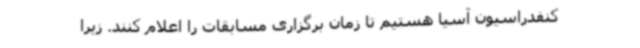
کنفدراسیون آسیا هستیم تا زمان برگزاری مسابقات را اعلام کنند. زیرا